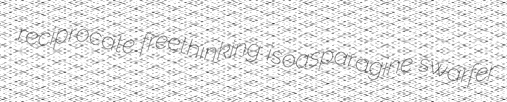
reciprocate freethinking isoasparagine swarfer